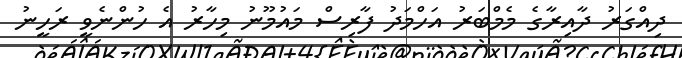
ދިއްގަރު ދާއިރާގެ މެމްބަރު އަހްމަދު ފާރިސް މައުމޫނު މިހާރު އެ ހުންނެވީ ރަހީނު